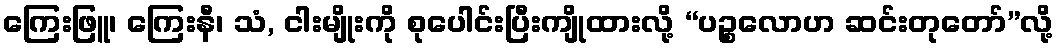
ကြေးဖြူ၊ ကြေးနီ၊ သံ, ငါးမျိုးကို စုပေါင်းပြီးကျိုထားလို့ “ပဉ္စလောဟ ဆင်းတုတော်”လို့